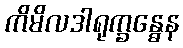
ကိမိလဒါရုက္ခန္ဓေန